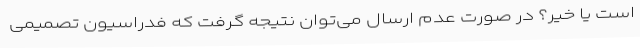
است یا خیر؟ در صورت عدم ارسال می‌توان نتیجه گرفت که فدراسیون تصمیمی